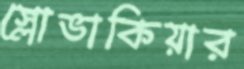
স্লোভাকিয়ার